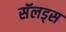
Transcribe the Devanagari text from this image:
सॅलड्स